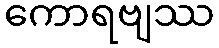
ကောရဗျဿ